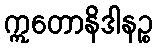
ဣတောနိဒါနဉ္စ